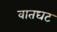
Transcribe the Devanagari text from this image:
वातघट